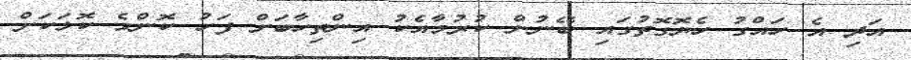
އަދި އެ ހައްގު ހެޔޮގޮތުގައި ބޭނުން ކުރުމާއެކު އިންތިހާބަށް ފަހު ކޮންމެ ކޮޅަކަށް